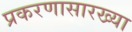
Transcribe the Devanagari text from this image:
प्रकरणासारख्या